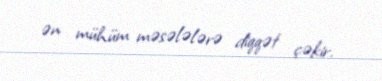
ən mühüm məsələlərə diqqət çəkir.